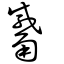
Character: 觱